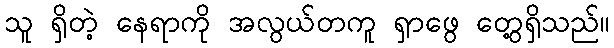
သူ ရှိတဲ့ နေရာကို အလွယ်တကူ ရှာဖွေ တွေ့ရှိသည်။